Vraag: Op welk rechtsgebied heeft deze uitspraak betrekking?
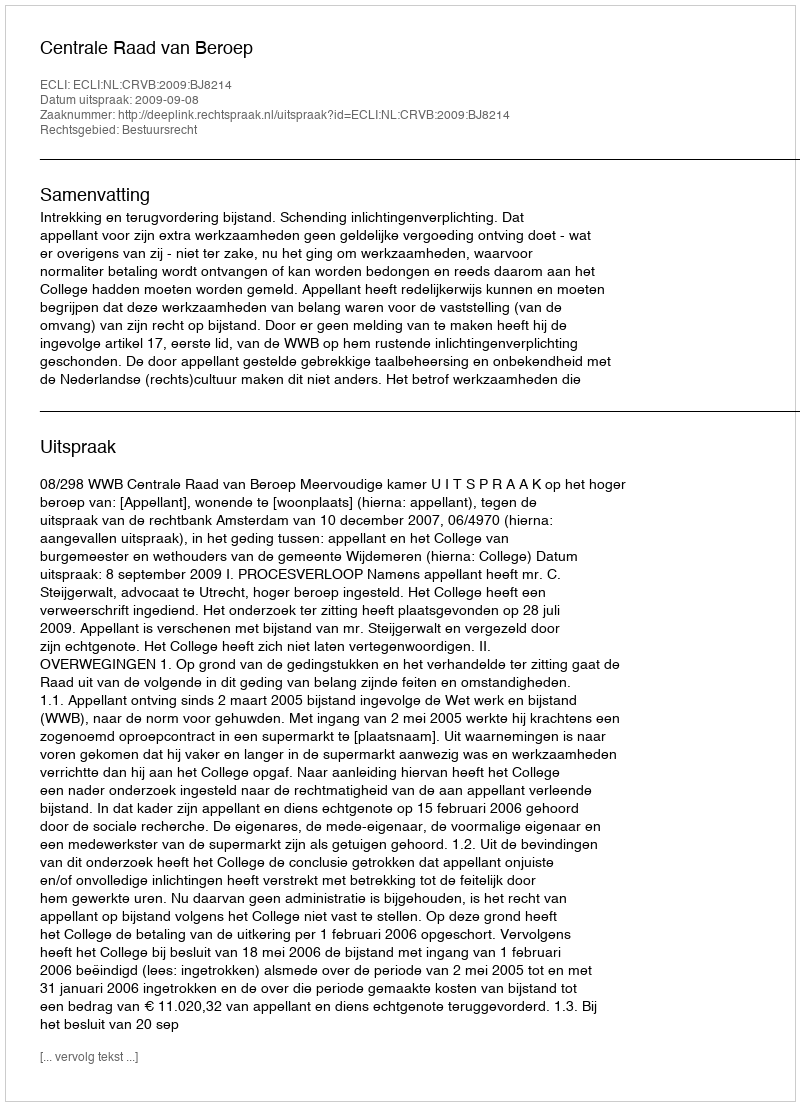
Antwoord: Bestuursrecht